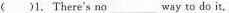
() 1. There's no_____way to do it.